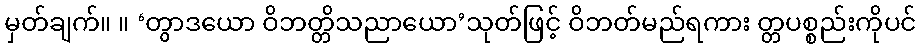
မှတ်ချက်။ ။ ‘တွာဒယော ဝိဘတ္တိသညာယော’သုတ်ဖြင့် ဝိဘတ်မည်ရကား တ္တပစ္စည်းကိုပင်